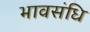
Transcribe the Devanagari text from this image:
भावसंधि